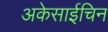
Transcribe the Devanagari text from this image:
अकेसाईचिन